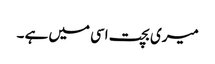
میری بچت اسی میں ہے ۔